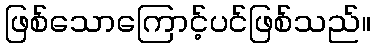
ဖြစ်သောကြောင့်ပင်ဖြစ်သည်။